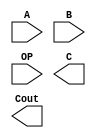
`timescale 1ns / 100ps

module ALU(A,B,OP,C,Cout);

	input [15:0]A;
	input [15:0]B;
	input [3:0]OP;
	output [15:0]C;
	output Cout;

	//TODO
	
endmodule